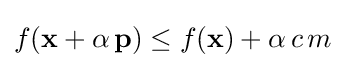
f(\mathbf {x} +\alpha \,\mathbf {p} )\leq f(\mathbf {x} )+\alpha \,c\,m